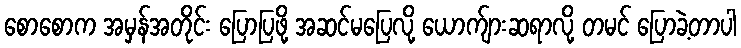
စောစောက အမှန်အတိုင်း ပြောပြဖို့ အဆင်မပြေလို့ ယောက်ျားဆရာလို့ တမင် ပြောခဲ့တာပါ